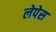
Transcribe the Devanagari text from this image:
लेपेस